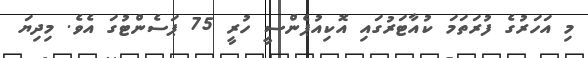
މި އަހަރުގެ ފުރަތަމަ ކުއާޓަރުގައި އޮކިއުޕެންސީ ހުރީ 75 ޕަސެންޓުގަ އެވެ. މިދިޔަ